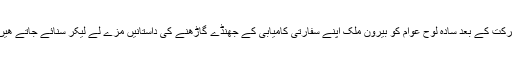
شرکت کے بعد سادہ لوح عوام کو بیرون ملک اپنے سفارتی کامیابی کے جھنڈے گاڑھنے کی داستانیں مزے لے لیکر سنائے جاتے ھیں ۔